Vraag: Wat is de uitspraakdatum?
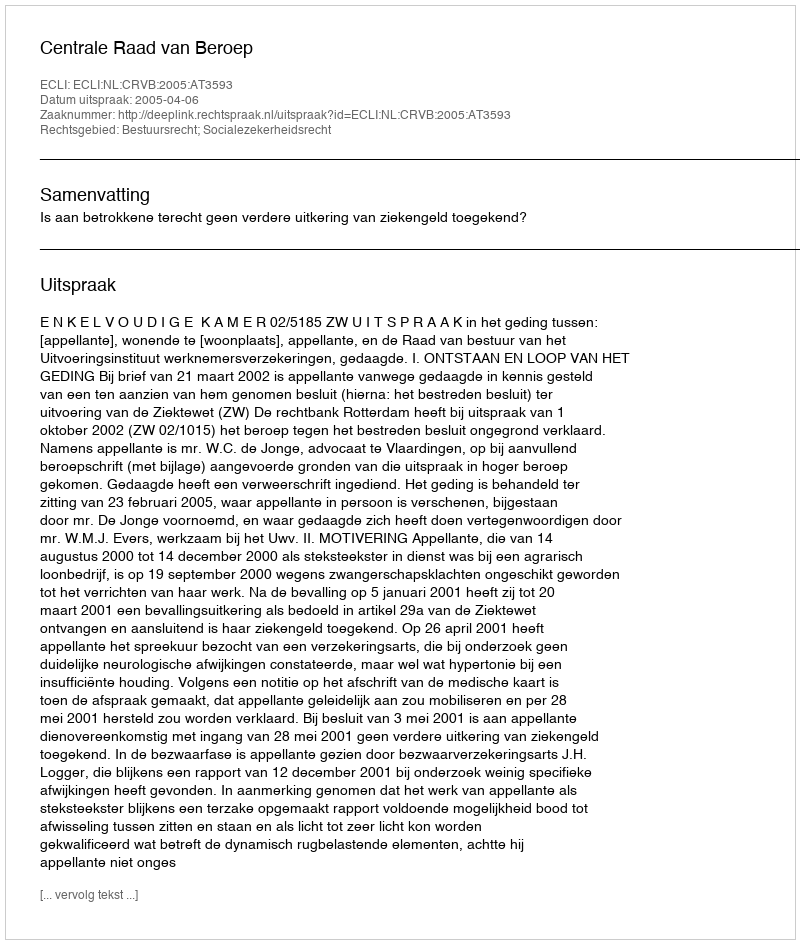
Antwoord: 2005-04-06